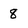
Character: 8